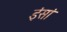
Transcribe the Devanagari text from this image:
इंसां